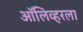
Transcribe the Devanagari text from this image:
ऑलिव्हरला